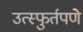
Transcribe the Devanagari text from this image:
उत्स्फुर्तपणे